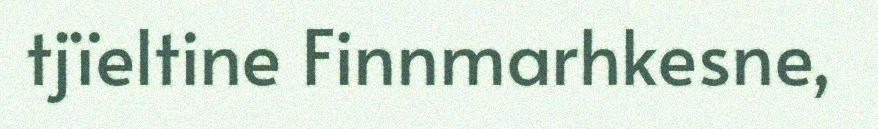
tjïeltine Finnmarhkesne,